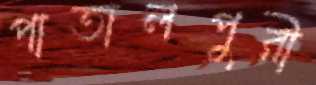
পাতালপুরী